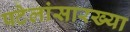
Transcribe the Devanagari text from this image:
पटेलांसारख्या